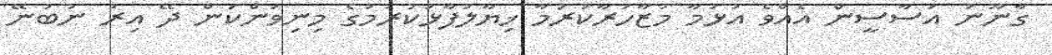
ގާނޫނު އަސާސީން އެއްވެ އުޅުމާ މުޒާހަރާކުރުމާ ޚިޔާލުފާޅުކުރުމުގެ މިނިވަންކަން ދޭ އިރު ނުބުނޭ